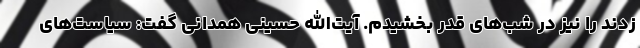
زدند را نیز در شب‌های قدر بخشیدم. آیت‌الله حسینی همدانی گفت: سیاست‌های